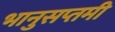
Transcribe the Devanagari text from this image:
भानुसप्तमी